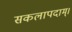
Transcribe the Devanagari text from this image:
सकलापदाम्‌।